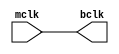
module clock_buffer(mclk,bclk);
input mclk;
output bclk;
buf b1(bclk,mclk);
endmodule